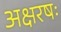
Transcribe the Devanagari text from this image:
अक्षरषः